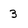
Character: 3